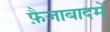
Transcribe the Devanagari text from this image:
फ़ैजाबादमें